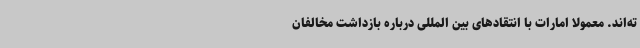
ته‌اند. معمولا امارات با انتقادهای بین المللی درباره بازداشت مخالفان